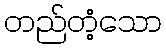
တည်တံ့သော